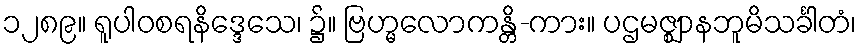
၁၂၈၉။ ရူပါဝစရနိဒ္ဒေသေ၊ ၌။ ဗြဟ္မလောကန္တိ-ကား။ ပဌမဇ္ဈာနဘူမိသင်္ခါတံ၊